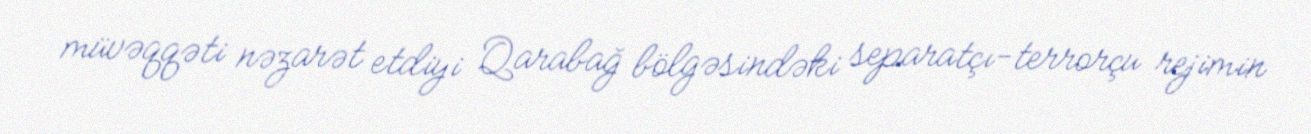
müvəqqəti nəzarət etdiyi Qarabağ bölgəsindəki separatçı-terrorçu rejimin